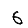
Digit: 6